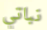
نباتي